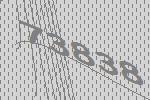
73838